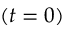
( t = 0 )